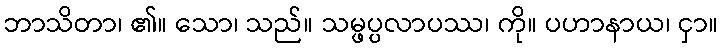
ဘာသိတာ၊ ၏။ သော၊ သည်။ သမ္ဖပ္ပလာပဿ၊ ကို။ ပဟာနာယ၊ ငှာ။